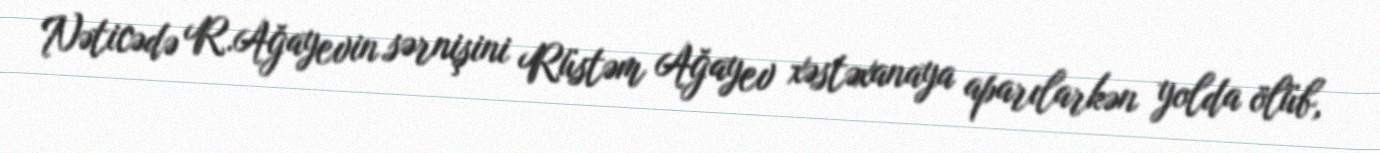
Nəticədə R.Ağayevin sərnişini Rüstəm Ağayev xəstəxanaya aparılarkən yolda ölüb,